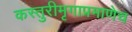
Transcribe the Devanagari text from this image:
कस्तुरीमृगाप्रमाणेच